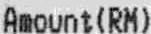
AMOUNT(RM)